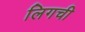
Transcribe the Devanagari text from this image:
लिगची